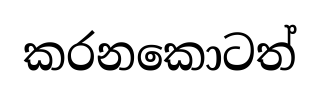
කරනකොටත්